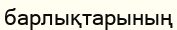
барлықтарының